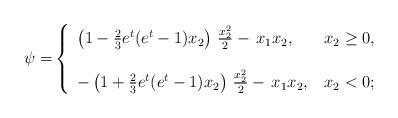
LaTeX: \begin{align*}\psi =& \left\{\begin{array}{ll}\left(1-\frac23e^t(e^t-1)x_2\right)\,\frac{x_2^2}{2} - \,x_1 x_2, &\,x_2 \ge 0, \\ \\-\left(1+\frac23e^t(e^t-1)x_2\right)\,\frac{x_2^2}{2} - \,x_1 x_2, &\,x_2 < 0;\end{array}\right.\end{align*}